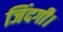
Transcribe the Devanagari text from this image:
जिंदगी।